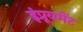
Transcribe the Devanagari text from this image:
इंप्रूवमेंट